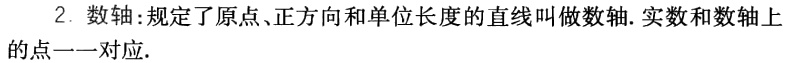
2. 数轴：规定了原点、正方向和单位长度的直线叫做数轴. 实数和数轴上的点一一对应.